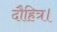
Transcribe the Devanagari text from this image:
दौहित्र।